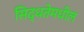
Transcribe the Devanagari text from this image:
सिद्धतेमधील